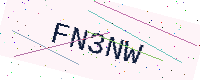
Text: FN3NW